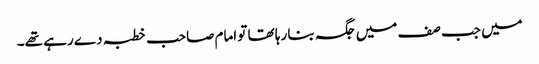
میں جب صف میں جگہ بنا رہا تھا تو امام صاحب خطبہ دے رہے تھے۔